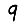
Digit: 9